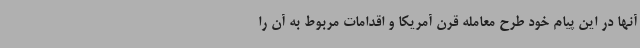
آنها در این پیام خود طرح معامله قرن آمریکا و اقدامات مربوط به آن را